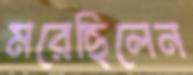
মরেছিলেন